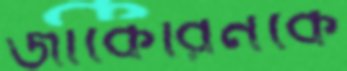
জাকেরিনকে